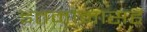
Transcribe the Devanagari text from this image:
इतमामासह